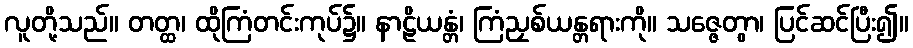
လူတို့သည်။ တတ္ထ၊ ထိုကြံတင်းကုပ်၌။ နာဠိယန္တံ၊ ကြံညှစ်ယန္တရားကို။ သဇ္ဇေတွာ၊ ပြင်ဆင်ပြီး၍။